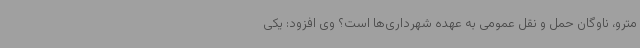
مترو، ناوگان حمل و نقل عمومی به عهده شهرداری‌ها است؟ وی افزود: یکی